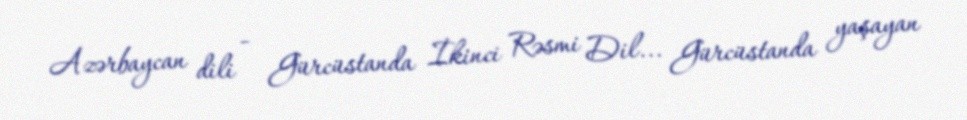
Azərbaycan dili - Gürcüstanda İkinci Rəsmi Dil... Gürcüstanda yaşayan